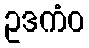
ဥဒကံဝ